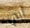
أبي